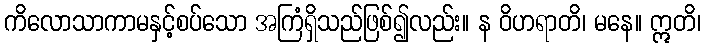
ကိလောသာကာမနှင့်စပ်သော အကြံရှိသည်ဖြစ်၍လည်း။ န ဝိဟရာတိ၊ မနေ။ ဣတိ၊